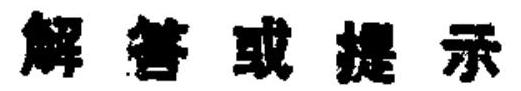
解答或提示